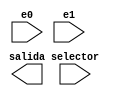
module mux(
	input selector,
	input [31:0]e0,
	input [31:0]e1,
	output reg [31:0] salida
);

always@(*)
begin
	case (selector)
		1'bx: salida = e0;
		1'b0: salida = e0;
		1'b1: salida = e1;
	endcase
end

endmodule // mux